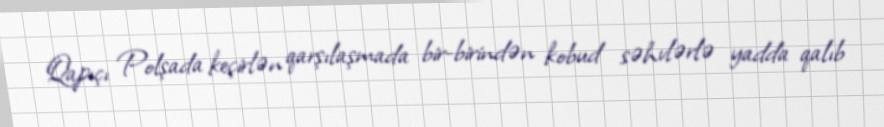
Qapıçı Polşada keçirlən qarşılaşmada bir-birindən kobud səhvlərlə yadda qalıb